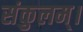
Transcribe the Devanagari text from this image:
संकुलम्‌।